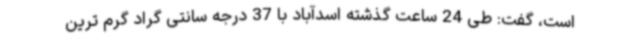
است، گفت: طی 24 ساعت گذشته اسدآباد با 37 درجه سانتی گراد گرم ترین